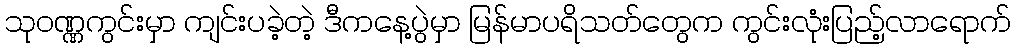
သုဝဏ္ဏကွင်းမှာ ကျင်းပခဲ့တဲ့ ဒီကနေ့ပွဲမှာ မြန်မာပရိသတ်တွေက ကွင်းလုံးပြည့်လာရောက်